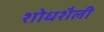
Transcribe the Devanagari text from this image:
शोधशैली